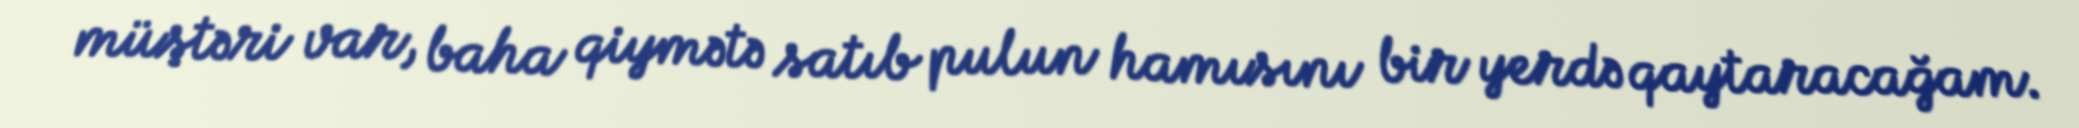
müştəri var, baha qiymətə satıb pulun hamısını bir yerdə qaytaracağam.